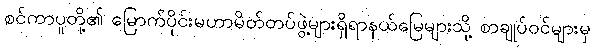
စင်ကာပူတို့၏ မြောက်ပိုင်းမဟာမိတ်တပ်ဖွဲ့များရှိရာနယ်မြေများသို့ စာချုပ်ဝင်များမှ